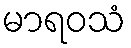
မာရဝသံ